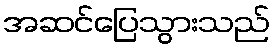
အဆင်ပြေသွားသည်